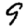
Digit: 9